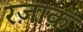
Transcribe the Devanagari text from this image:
रज़ाक़